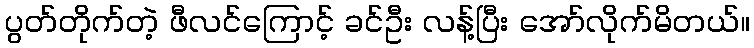
ပွတ်တိုက်တဲ့ ဖီလင်ကြောင့် ခင်ဦး လန့်ပြီး အော်လိုက်မိတယ်။